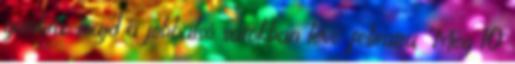
gombra, majd a jobbalsó sarokban lévő feliratra "Még 10